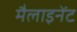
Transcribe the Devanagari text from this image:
मैलाइनेंट